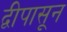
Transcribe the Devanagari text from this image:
द्वीपासून